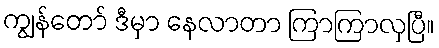
ကျွန်တော် ဒီမှာ နေလာတာ ကြာကြာလှပြီ။